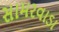
સામરવાડા